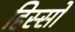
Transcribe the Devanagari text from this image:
हिस्‍सों